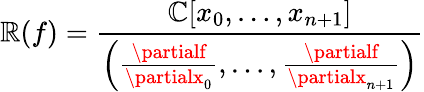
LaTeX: \mathbb{R}(f)={\frac{{\mathbb{{C}}[x_{0},\ldots,x_{n+1}]}}{{\left({\frac{{\partialf}}{{\partialx_{0}}}},\ldots,{\frac{{\partialf}}{{\partialx_{n+1}}}}\right)}}}